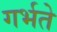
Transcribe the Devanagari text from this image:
गर्भते